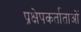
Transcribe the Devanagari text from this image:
प्रक्षेपकर्ताताओं